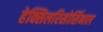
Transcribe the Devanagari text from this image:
हेक्सिलरिसोर्सिनाल